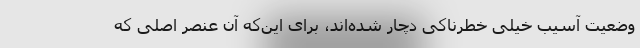
وضعیت آسیب خیلی خطرناکی دچار شده‌اند، برای این‌که آن عنصر اصلی که